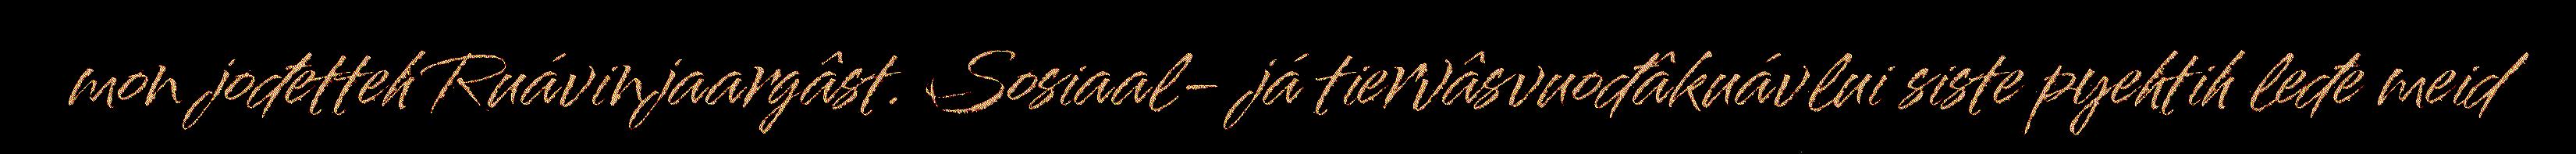
mon jođetteh Ruávinjaargâst. Sosiaal- já tiervâsvuođâkuávlui siste pyehtih leđe meid